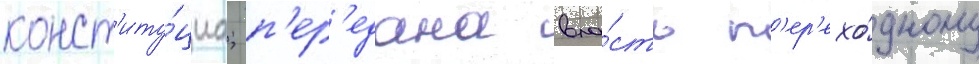
конст'иту́циа; п'ер'едана вла́сть п'ер'ехо́дному